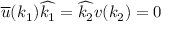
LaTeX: \overline { { { u } } } ( k _ { 1 } ) \widehat { k _ { 1 } } = \widehat { k _ { 2 } } v ( k _ { 2 } ) = 0